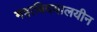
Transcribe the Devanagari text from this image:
महाविदयालयीन